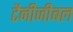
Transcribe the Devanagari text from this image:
टैनीजीबल